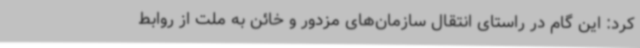
کرد: این گام در راستای انتقال سازمان‌های مزدور و خائن به ملت از روابط